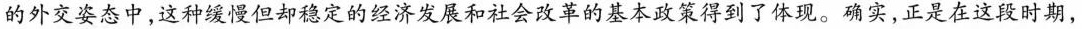
的外交姿态中，这种缓慢但却稳定的经济发展和社会改革的基本政策得到了体现。确实，正是在这段时期，